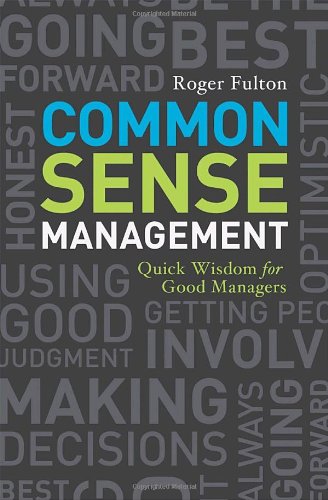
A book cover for Common Sense Management; Roger Fulton; Business & Money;